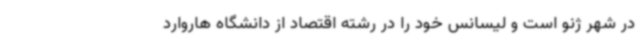
در شهر ژنو است و لیسانس خود را در رشته اقتصاد از دانشگاه هاروارد